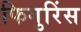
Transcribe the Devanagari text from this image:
फिगुरिंस